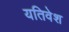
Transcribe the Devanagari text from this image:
यतिवेश